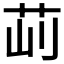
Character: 𦭣